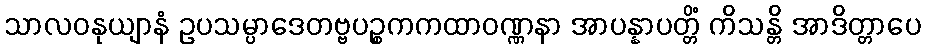
သာလဝနုယျာနံ ဥပသမ္ပာဒေတဗ္ဗပဉ္စကကထာဝဏ္ဏနာ အာပန္နာပတ္တိံ ကိသန္တိ အာဒိတ္တာပေ